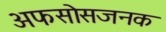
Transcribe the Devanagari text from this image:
अफसोसजनक